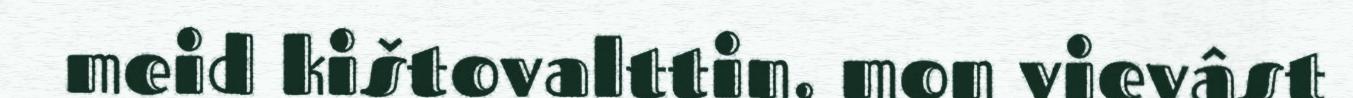
meid kištovalttin, mon vievâst